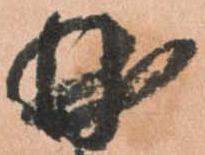
曲